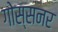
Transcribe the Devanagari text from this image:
गोस्सनर